Annual administration report of the Civil Veterinary Department of India - 1896-1897
Year: 1896
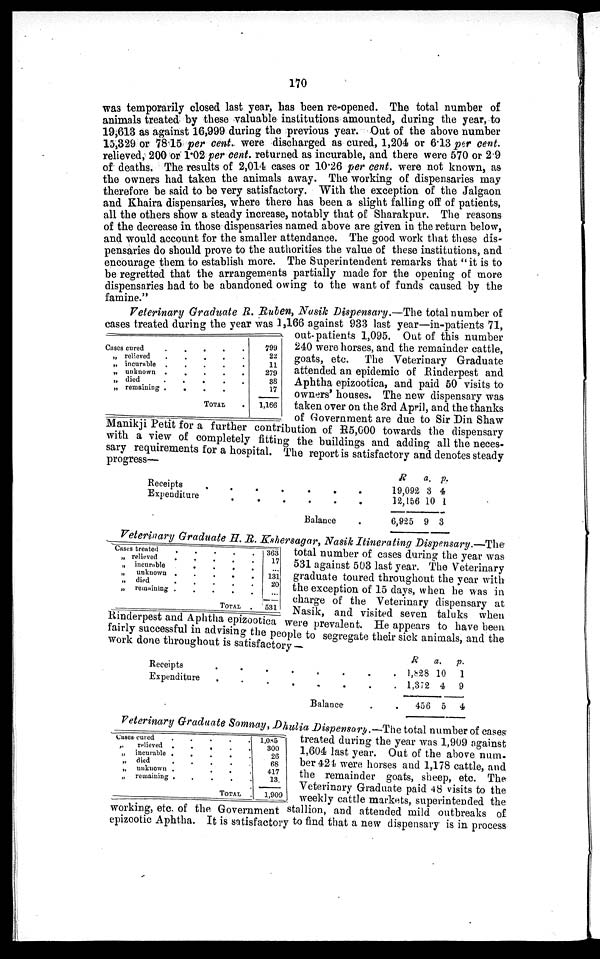
170
was temporarily closed last year, has been re-opened. The total number of
animals treated by these valuable institutions amounted, during the year, to
19,613 as against 16,999 during the previous year. Out of the above number
15,329 or 78.15 per cent. were discharged as cured, 1,204 or 6.13 per cent.
relieved, 200 or 1.02 per cent. returned as incurable, and there were 570 or 2.9
of deaths. The results of 2,014 cases or 10.26 per cent. were not known, as
the owners had taken the animals away. The working of dispensaries may
therefore be said to be very satisfactory. With the exception of the Jalgaon
and Khaira dispensaries, where there has been a slight falling off of patients,
all the others show a steady increase, notably that of Sharakpur. The reasons
of the decrease in those dispensaries named above are given in the return below,
and would account for the smaller attendance. The good work that these dis-
pensaries do should prove to the authorities the value of these institutions, and
encourage them to establish more. The Superintendent remarks that " it is to
be regretted that the arrangements partially made for the opening of more
dispensaries had to be abandoned owing to the want of funds caused by the
famine."
Veterinary Graduate R. Ruben, Nasik Dispensary.—The total number of
cases treated during the year was 1,166 against 933 last year—in-patients 71,
out-patients 1,095. Out of this number
240 were horses, and the remainder cattle,
goats, etc. The Veterinary Graduate
attended an epidemic of Rinderpest and
Aphtha epizootica, and paid 50 visits to
owners' houses. The new dispensary was
taken over on the 3rd April, and the thanks
of Government are due to Sir Din Shaw
Manikji Petit for a further contribution of R5,000 towards the dispensary
with a view of completely fitting the buildings and adding all the neces-
sary requirements for a hospital. The report is satisfactory and denotes steady
progress—
Cases cured
.
.
. . .
„ relieved . . . . .
„ incurable . . . . .
„ unknown . . . . .
„ died
.
.
.
.
.
„ remaining . . . . .
TOTAL .
799
22
11
279
38
17
1,166
Receipts . . . . . . .
Expenditure
.
.
.
.
.
.
Balance
.
R
19,092
12,156
6,925
a.
3
10
9
p.
4
1
3
Veterinary Graduate H. R. Kshersagar, Nasik Itinerating Dispensary.—The
total number of cases during the year was
531 against 503 last year. The Veterinary
graduate toured throughout the year with
the exception of 15 days, when he was in
charge of the Veterinary dispensary at
Nasik, and visited seven taluks when
Rinderpest and Aphtha epizootica were prevalent. He appears to have been
fairly successful in advising the people to segregate their sick animals, and the
work done throughout is satisfactory —
Cases treated . . . . .
„ relieved . . . . .
„ incurable . . . .
„
unknown . . . . .
„
died . . . . .
„ remaining . . . . .
TOTAL .
363
17
...
131
20
...
531
Receipts . . . . . . . .
Expenditure . . . . . . . .
Balance . .
R 1,828
1,372
456
a.
10
4
5
p.
1
9
4
Veterinary Graduate Somnay, Dhulia Dispensary.-The total number of cases
treated during the year was 1,909 against
1,604 last year. Out of the above num-
ber 424 were horses and 1,178 cattle, and
the remainder goats, sheep, etc. The
Veterinary Graduate paid 48 visits to the
weekly cattle markets, superintended the
working, etc. of the Government stallion, and attended mild outbreaks of
epizootic Aphtha. It is satisfactory to find that a new dispensary is in process
Cases cured . . . . .
„
relieved . . . . .
„ incurable .
.
.
.
.
„ died
.
.
.
.
.
„ unknown .
.
.
.
.
„ remaining . . . .
TOTAL
1,085
300
26
68
417
13
1,909